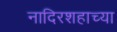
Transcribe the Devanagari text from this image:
नादिरशहाच्या